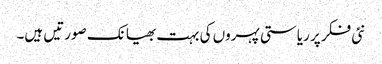
نئی فکر پر ریاستی پہروں کی بہت بھیانک صورتیں ہیں۔